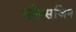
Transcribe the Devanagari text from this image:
कौत्सजिन